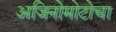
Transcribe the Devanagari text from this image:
अजिनोमोटोचा